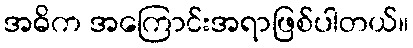
အဓိက အကြောင်းအရာဖြစ်ပါတယ်။